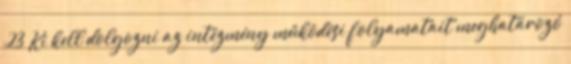
23 Ki kell dolgozni az intézmény működési folyamatait meghatározó